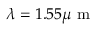
\lambda = 1 . 5 5 \mu \mathrm { ~ m ~ }